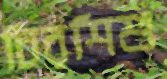
চিরশিশু